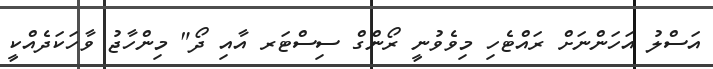
އަސްލު އަހަންނަށް ރައްޓެހި މިވެވުނީ ރޯންގް ސިސްޓަރ އާއި ދޯ" މިންހާޖު ވާހަކަދެއްކީ